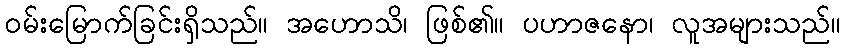
ဝမ်းမြောက်ခြင်းရှိသည်။ အဟောသိ၊ ဖြစ်၏။ ပဟာဇနော၊ လူအများသည်။